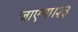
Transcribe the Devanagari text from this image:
जाएगा।२३